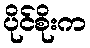
ပိုင်စိုးက